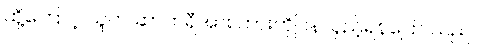
ထို့ကြောင့် သူက ဆာဘရီအား ကားကိုပြန်လှည့်ရန်ပြော သည်။